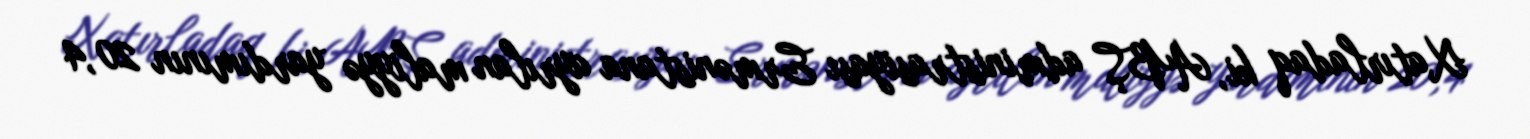
Xatırladaq ki, ABŞ administrasiyası Ermənistana ayrılan maliyyə yardımının 20,4